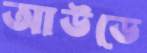
আউডে